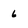
Character: 6